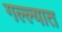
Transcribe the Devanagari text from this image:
गल्ल्यात